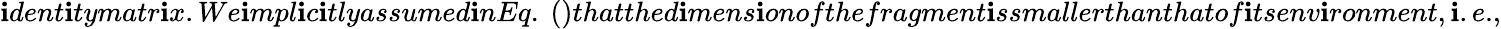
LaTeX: \mathbf{i}dent\mathbf{i}tymatr\mathbf{i}x.We\mathbf{i}mpl\mathbf{i}c\mathbf{i}tlyassumed\mathbf{i}nEq.~()thatthed\mathbf{i}mens\mathbf{i}onofthefragment\mathbf{i}ssmallerthanthatof\mathbf{i}tsenv\mathbf{i}ronment,{{\mathit{\mathbf{i}}.e.}},